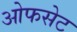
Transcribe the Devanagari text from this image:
ओफसेट